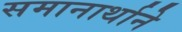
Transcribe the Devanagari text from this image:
समानार्थाने